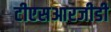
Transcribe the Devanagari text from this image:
टीएसआरजीडी